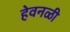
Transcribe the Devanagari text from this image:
हेवनळी